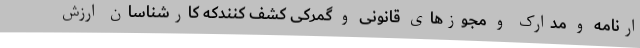
ارنامه و مدارک و مجوزهای قانونی و گمرکی کشف کنندکه کارشناسان ارزش